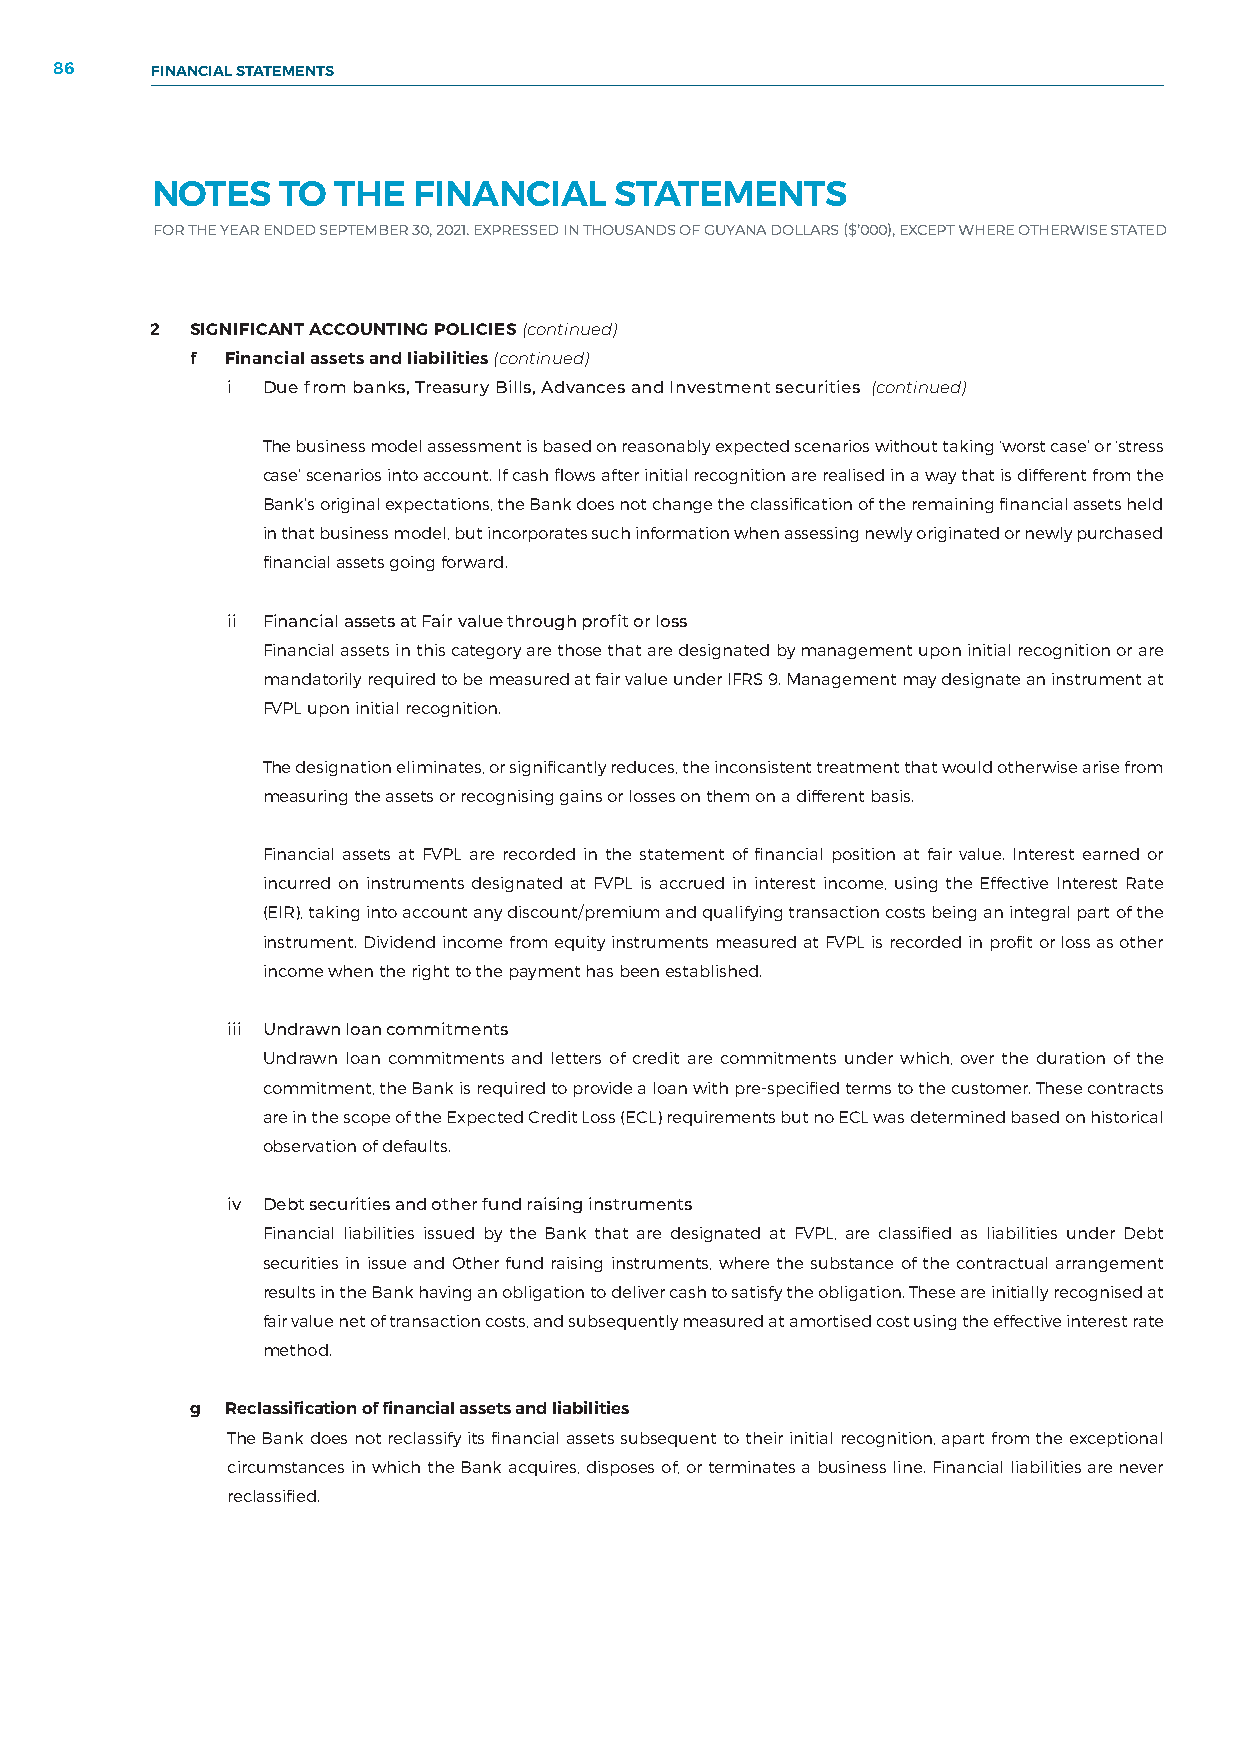
86    FINANCIAL STATEMENTS
 NOTES    TO THE  FINANCIAL     STATEMENTS
 FOR THE YEAR ENDED SEPTEMBER 30, 2021. EXPRESSED IN THOUSANDS OF GUYANA DOLLARS ($’000), EXCEPT WHERE OTHERWISE STATED
 2  SIGNIFICANT ACCOUNTING POLICIES (continued)
 f Financial assets and liabilities (continued)
 i Due from banks, Treasury Bills, Advances and Investment securities (continued)
 The business model assessment is based on reasonably expected scenarios without taking ‘worst case’ or ‘stress
 case’ scenarios into account. If cash flows after initial recognition are realised in a way that is different from the
 Bank’s original expectations, the Bank does not change the classification of the remaining financial assets held
 in that business model, but incorporates such information when assessing newly originated or newly purchased
 financial assets going forward.
 ii Financial assets at Fair value through profit or loss
 Financial assets in this category are those that are designated by management upon initial recognition or are
 mandatorily required to be measured at fair value under IFRS 9. Management may designate an instrument at
 FVPL upon initial recognition.
 The designation eliminates, or significantly reduces, the inconsistent treatment that would otherwise arise from
 measuring the assets or recognising gains or losses on them on a different basis.
 Financial assets at FVPL are recorded in the statement of financial position at fair value. Interest earned or
 incurred on instruments designated at FVPL is accrued in interest income, using the Effective Interest Rate
 (EIR), taking into account any discount/premium and qualifying transaction costs being an integral part of the
 instrument. Dividend income from equity instruments measured at FVPL is recorded in profit or loss as other
 income when the right to the payment has been established.
 iii Undrawn loan commitments
 Undrawn loan commitments and letters of credit are commitments under which, over the duration of the
 commitment, the Bank is required to provide a loan with pre-specified terms to the customer. These contracts
 are in the scope of the Expected Credit Loss (ECL) requirements but no ECL was determined based on historical
 observation of defaults.
 iv Debt securities and other fund raising instruments
 Financial liabilities issued by the Bank that are designated at FVPL, are classified as liabilities under Debt
 securities in issue and Other fund raising instruments, where the substance of the contractual arrangement
 results in the Bank having an obligation to deliver cash to satisfy the obligation. These are initially recognised at
 fair value net of transaction costs, and subsequently measured at amortised cost using the effective interest rate
 method.
 g Reclassification of financial assets and liabilities
 The Bank does not reclassify its financial assets subsequent to their initial recognition, apart from the exceptional
 circumstances in which the Bank acquires, disposes of, or terminates a business line. Financial liabilities are never
 reclassified.